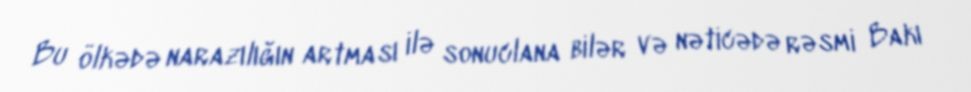
Bu ölkədə narazılığın artması ilə sonuclana bilər və nəticədə rəsmi Bakı